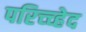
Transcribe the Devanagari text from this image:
परिच्च्हेद